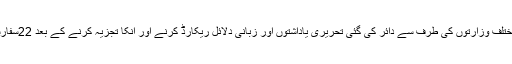
کمیٹی نے مختلف وزارتوں کی طرف سے دائر کی گئی تحریری یاداشتوں اور زبانی دلائل ریکارڈ کرنے اور انکا تجزیہ کرنے کے بعد 22سفارشیں کی ہیں۔